Indian journal of veterinary science and animal husbandry - Volume 11,
Year: 1941
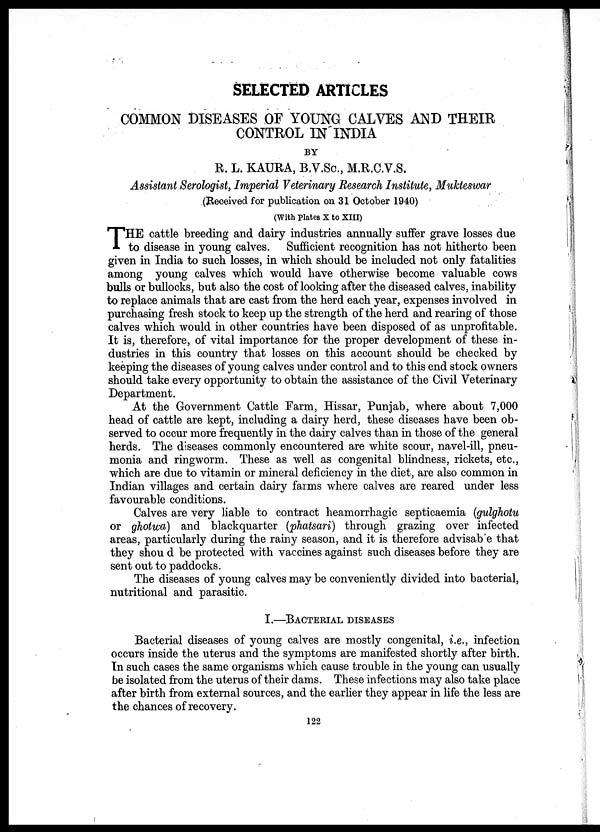
SELECTED ARTICLES
COMMON DISEASES OF YOUNG CALVES AND THEIR
CONTROL IN INDIA
BY
R. L. KAURA, B.V.Sc., M.R.C.V.S.
Assistant Serologist, Imperial Veterinary Research Institute, Mukteswar
(Received for publication on 31 October 1940)
(With Plates X to XIII)
T HE cattle breeding and dairy industries annually suffer grave losses due
to disease in young calves. Sufficient recognition has not hitherto been
given in India to such losses, in which should be included not only fatalities
among young calves which would have otherwise become valuable cows
bulls or bullocks, but also the cost of looking after the diseased calves, inability
to replace animals that are cast from the herd each year, expenses involved in
purchasing fresh stock to keep up the strength of the herd and rearing of those
calves which would in other countries have been disposed of as unprofitable.
It is, therefore, of vital importance for the proper development of these in-
dustries in this country that losses on this account should be checked by
keeping the diseases of young calves under control and to this end stock owners
should take every opportunity to obtain the assistance of the Civil Veterinary
Department.
At the Government Cattle Farm, Hissar, Punjab, where about 7,000
head of cattle are kept, including a dairy herd, these diseases have been ob-
served to occur more frequently in the dairy calves than in those of the general
herds. The diseases commonly encountered are white scour, navel-ill, pneu-
monia and ringworm. These as well as congenital blindness, rickets, etc.,
which are due to vitamin or mineral deficiency in the diet, are also common in
Indian villages and certain dairy farms where calves are reared under less
favourable conditions.
Calves are very liable to contract heamorrhagic septicaemia (gulghotu
or ghotwa) and blackquarter (phatsari) through grazing over infected
areas, particularly during the rainy season, and it is therefore advisab'e that
they should be protected with vaccines against such diseases before they are
sent out to paddocks.
The diseases of young calves may be conveniently divided into bacterial,
nutritional and parasitic.
I.—BACTERIAL DISEASES
Bacterial diseases of young calves are mostly congenital, i.e., infection
occurs inside the uterus and the symptoms are manifested shortly after birth.
In such cases the same organisms which cause trouble in the young can usually
be isolated from the uterus of their dams. These infections may also take place
after birth from external sources, and the earlier they appear in life the less are
the chances of recovery.
122